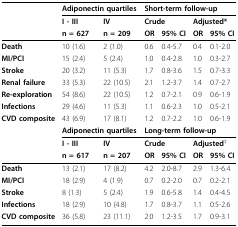
|  | <COLSPAN=2> Adiponectin quartiles | <COLSPAN=4> Short-term follow-up |
 |  | I - III | IV | <COLSPAN=2> Crude | <COLSPAN=2> Adjusted* |
 |  | n = 627 | n = 209 | OR | 95% CI | OR | 95% CI |
 | --- | --- | --- | --- | --- | --- | --- |
 | Death | 10 (1.6) | 2 (1.0) | 0.6 | 0.4-5.7 | 0.4 | 0.1-2.0 |
 | MI/PCI | 15 (2.4) | 5 (2.4) | 1.0 | 0.4-2.8 | 1.0 | 0.3-2.7 |
 | Stroke | 20 (3.2) | 11 (5.3) | 1.7 | 0.8-3.6 | 1.5 | 0.7-3.3 |
 | Renal failure | 33 (5.3) | 22 (10.5) | 2.1 | 1.2-3.7 | 1.4 | 0.7-2.7 |
 | Re-exploration | 54 (8.6) | 22 (10.5) | 1.2 | 0.7-2.1 | 0.9 | 0.6-1.9 |
 | Infections | 29 (4.6) | 11 (5.3) | 1.1 | 0.6-2.3 | 1.0 | 0.5-2.1 |
 | CVD composite | 43 (6.9) | 17 (8.1) | 1.2 | 0.7-2.2 | 1.0 | 0.6-1.9 |
 |  | <COLSPAN=2> Adiponectin quartiles | <COLSPAN=4> Long-term follow-up |
 |  | I - III | IV | <COLSPAN=2> Crude | <COLSPAN=2> Adjusted‡ |
 |  | n = 617 | n = 207 | OR | 95% CI | OR | 95% CI |
 | Death | 13 (2.1) | 17 (8.2) | 4.2 | 2.0-8.7 | 2.9 | 1.3-6.4 |
 | MI/PCI | 18 (2.9) | 4 (1.9) | 0.7 | 0.2-2.0 | 0.7 | 0.2-2.1 |
 | Stroke | 8 (1.3) | 5 (2.4) | 1.9 | 0.6-5.8 | 1.4 | 0.4-4.5 |
 | Infections | 18 (2.9) | 10 (4.8) | 1.7 | 0.8-3.7 | 1.1 | 0.5-2.6 |
 | CVD composite | 36 (5.8) | 23 (11.1) | 2.0 | 1.2-3.5 | 1.7 | 0.9-3.1 |